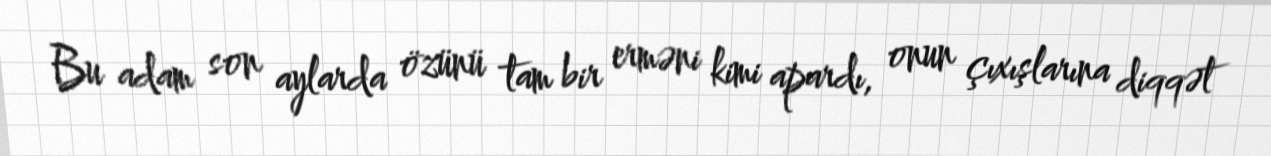
Bu adam son aylarda özünü tam bir erməni kimi apardı, onun çıxışlarına diqqət